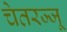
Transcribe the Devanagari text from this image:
चेतरज्जू